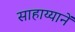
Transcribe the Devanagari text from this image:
साहाय्यानें